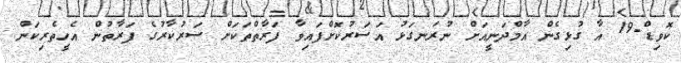
ކޮވިޑް-19 އާ ގުޅިގެން އާމްދަނީއަށް ނުރަނގަޅު އަސަރުކޮށްފައިވާ ފަރާތްތަކަށް ސަރުކާރުގެ ފަރާތުން އެހީތެރިކަން